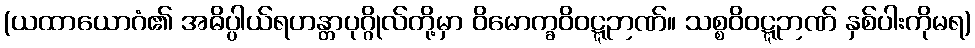
(ယထာယောဂံ၏ အဓိပ္ပါယ်ရဟန္တာပုဂ္ဂိုလ်တို့မှာ ဝိမောက္ခဝိဝဋ္ဋဉာဏ်။ သစ္စဝိဝဋ္ဋဉာဏ် နှစ်ပါးကိုမရ)